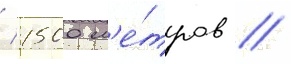
/ 1500 м'е́тров //